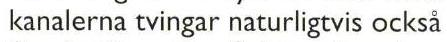
 kanalerna tvingar naturligtvis också